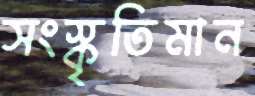
সংস্কৃতিমান